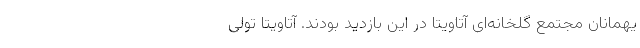
یهمانان مجتمع گلخانه‌ای آتاویتا در این بازدید بودند. آتاویتا تولی